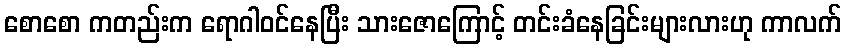
စောစော ကတည်းက ရောဂါဝင်နေပြီး သားဇောကြောင့် တင်းခံနေခြင်းများလားဟု ကာလက်